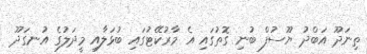
ތިނަދޫ އަބްދު ޔޫސުފް ބުނި ގޮތުގައި އެ މާރުކޭޓުގައި ބުޅަލާއި މީދަލުގެ އުނގަދޫ